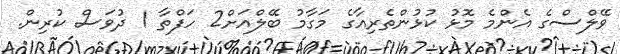
ވޭލްސްގެ އެންމެ މޮޅު ކުޅުންތެރިއާގެ މަގާމު ބޭލްއަށް2 ހަފްތާ 1 ދުވަސް ކުރިން.